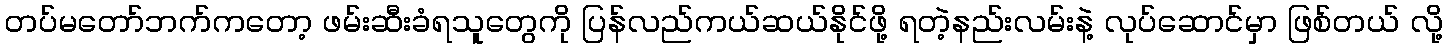
တပ်မတော်ဘက်ကတော့ ဖမ်းဆီးခံရသူတွေကို ပြန်လည်ကယ်ဆယ်နိုင်ဖို့ ရတဲ့နည်းလမ်းနဲ့ လုပ်ဆောင်မှာ ဖြစ်တယ် လို့